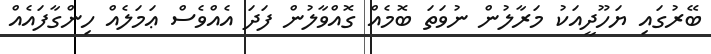
ބޭރުގައި ޔަހޫދީއަކު މަރާލުން ނުވަތަ ބޮމެއް ގޮއްވާލުން ފަދަ އެއްވެސް ޢަމަލެއް ހިންގާފައެއް